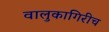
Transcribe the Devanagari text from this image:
वालुकागिरीच